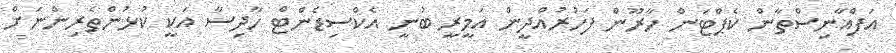
އަފްޣާނިސްތާން ކެޕްޓަން ހާރޫން ފަހުރުއްދީން އަމީރީ ބުނީ އެކްސިޑެންޓް ހާދިސާ އަކީ ކުޅުންތެރިންނަށް